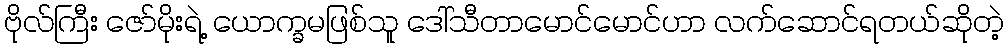
ဗိုလ်ကြီး ဇော်မိုးရဲ့ ယောက္ခမဖြစ်သူ ဒေါ်သီတာမောင်မောင်ဟာ လက်ဆောင်ရတယ်ဆိုတဲ့